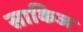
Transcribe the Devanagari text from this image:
साकिज